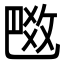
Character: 𢽼